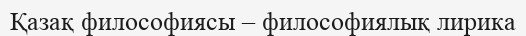
Қазақ философиясы – философиялық лирика